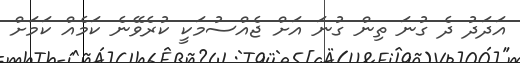
އަދަދު ދެ ގުނަ ތިން ގުނަ އަށް ޖެއްސުމަކީ ކުރެވޭނެ ކަމެއް ކަމަށް